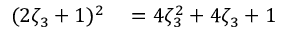
\begin{array} { r l } { ( 2 \zeta _ { 3 } + 1 ) ^ { 2 } } & { { } = 4 \zeta _ { 3 } ^ { 2 } + 4 \zeta _ { 3 } + 1 } \end{array}